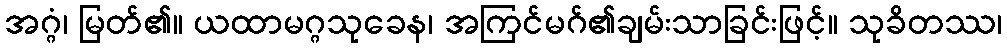
အဂ္ဂံ၊ မြတ်၏။ ယထာမဂ္ဂသုခေန၊ အကြင်မဂ်၏ချမ်းသာခြင်းဖြင့်။ သုခိတဿ၊